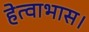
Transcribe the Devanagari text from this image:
हेत्वाभास।